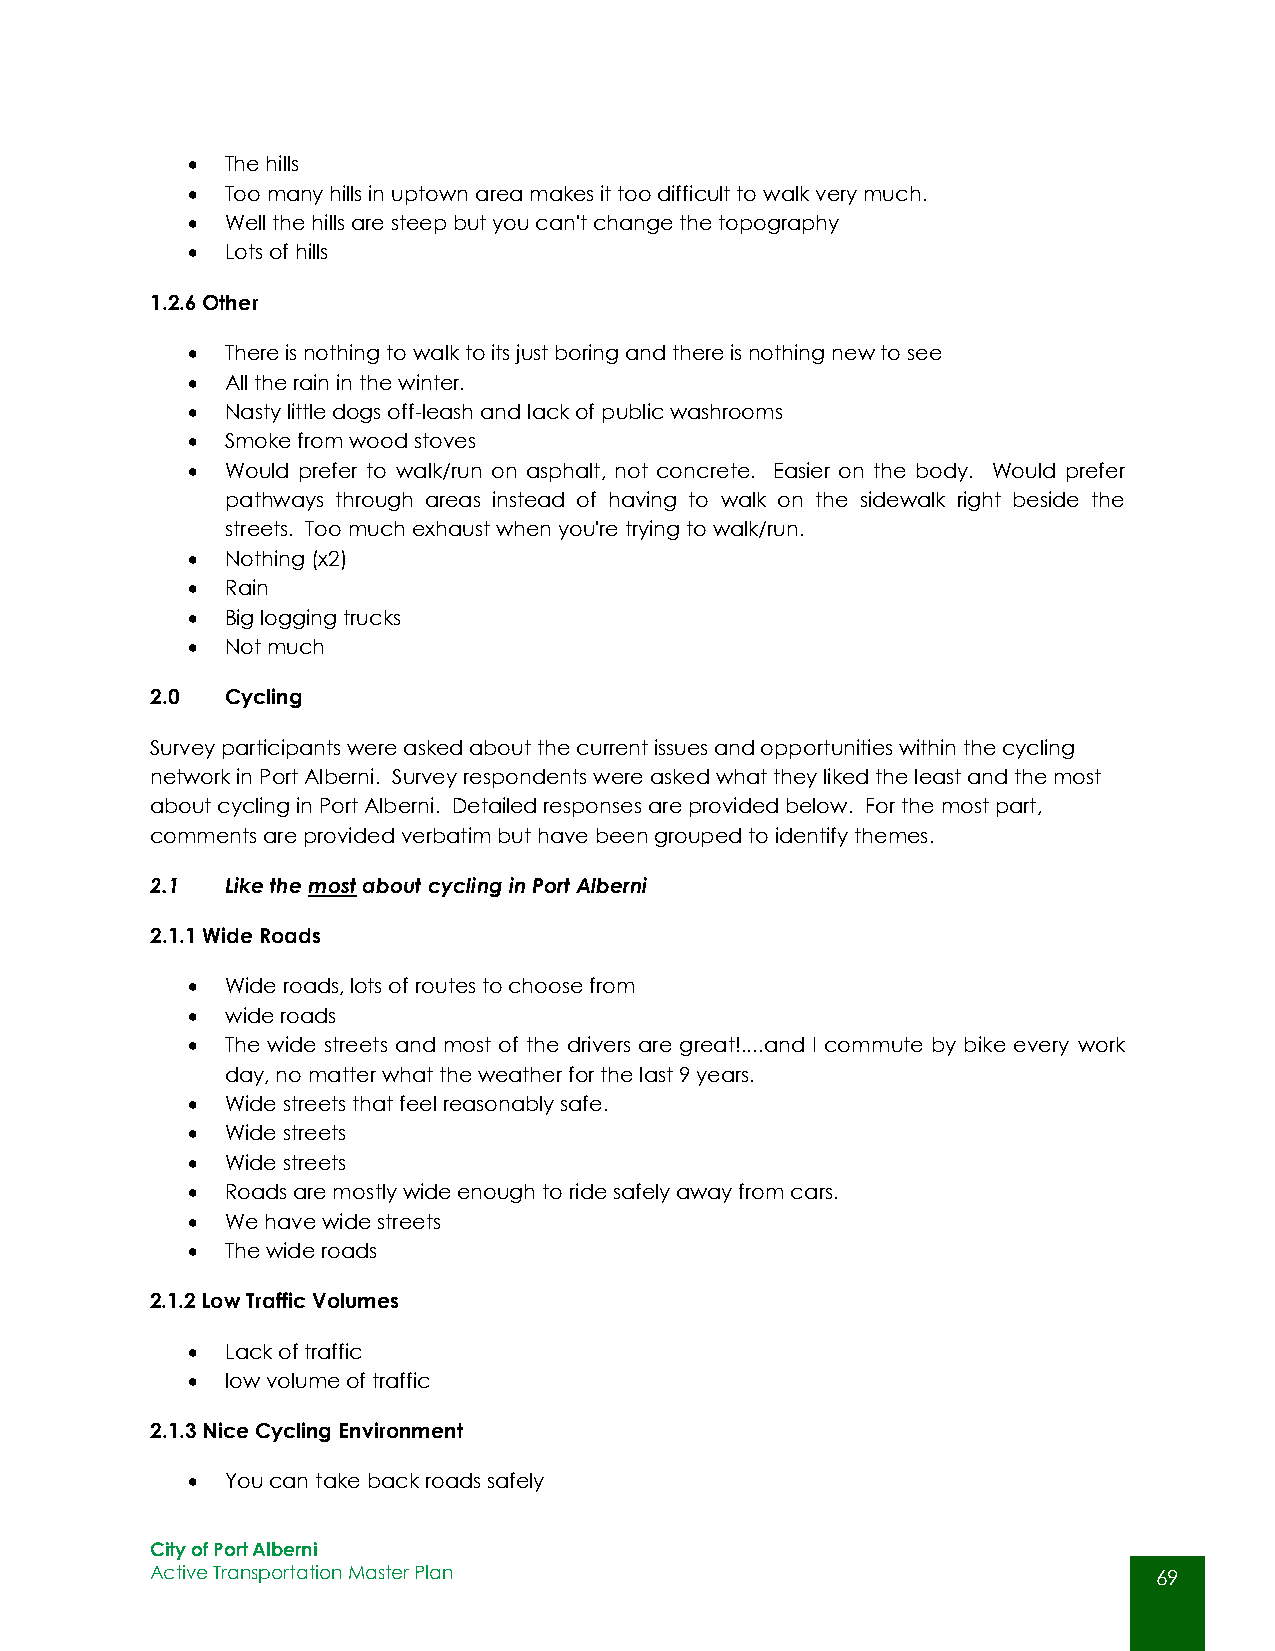
  The hills
   Too many hills in uptown area makes it too difficult to walk very much.
   Well the hills are steep but you can't change the topography
   Lots of hills
 1.2.6 Other
   There is nothing to walk to its just boring and there is nothing new to see
   All the rain in the winter.
   Nasty little dogs off-leash and lack of public washrooms
   Smoke from wood stoves
   Would prefer to walk/run on asphalt, not concrete. Easier on the body. Would prefer
 pathways through areas instead of having to walk on the sidewalk right beside the
 streets. Too much exhaust when you're trying to walk/run.
   Nothing (x2)
   Rain
   Big logging trucks
   Not much
 2.0  Cycling
 Survey participants were asked about the current issues and opportunities within the cycling
 network in Port Alberni. Survey respondents were asked what they liked the least and the most
 about cycling in Port Alberni. Detailed responses are provided below. For the most part,
 comments are provided verbatim but have been grouped to identify themes.
 2.1  Like the most about cycling in Port Alberni
 2.1.1 Wide Roads
   Wide roads, lots of routes to choose from
   wide roads
   The wide streets and most of the drivers are great!....and I commute by bike every work
 day, no matter what the weather for the last 9 years.
   Wide streets that feel reasonably safe.
   Wide streets
   Wide streets
   Roads are mostly wide enough to ride safely away from cars.
   We have wide streets
   The wide roads
 2.1.2 Low Traffic Volumes
   Lack of traffic
   low volume of traffic
 2.1.3 Nice Cycling Environment
   You can take back roads safely
 City of Port Alberni
 Active Transportation Master Plan                                  69
 69